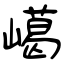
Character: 嶱